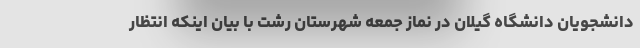
دانشجویان دانشگاه گیلان در نماز جمعه شهرستان رشت با بیان اینکه انتظار